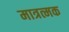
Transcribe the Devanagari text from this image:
मात्रत्मक